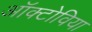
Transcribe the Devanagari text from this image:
ऑक्टोविया